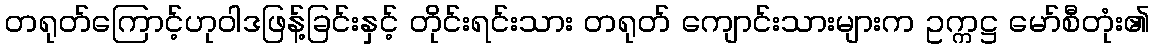
တရုတ်ကြောင့်ဟုဝါဒဖြန့်ခြင်းနှင့် တိုင်းရင်းသား တရုတ် ကျောင်းသားများက ဥက္ကဋ္ဌ မော်စီတုံး၏